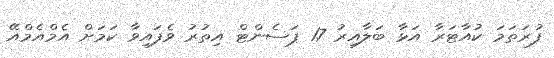
ފުރަތަމަ ކުއާޓަރާ އަޅާ ބަލާއިރު 17 ޕަސެންޓް އިތުރު ވެފައިވާ ކަމަށް އެމްއެމްއޭ